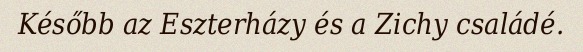
Később az Eszterházy és a Zichy családé.